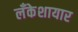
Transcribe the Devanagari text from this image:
लँकेशायार